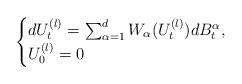
LaTeX: \begin{align*}\begin{cases}dU_{t}^{(l)}=\sum_{\alpha=1}^{d}W_{\alpha}(U_{t}^{(l)})dB_{t}^{\alpha},\\U_{0}^{(l)}=0\end{cases}\end{align*}